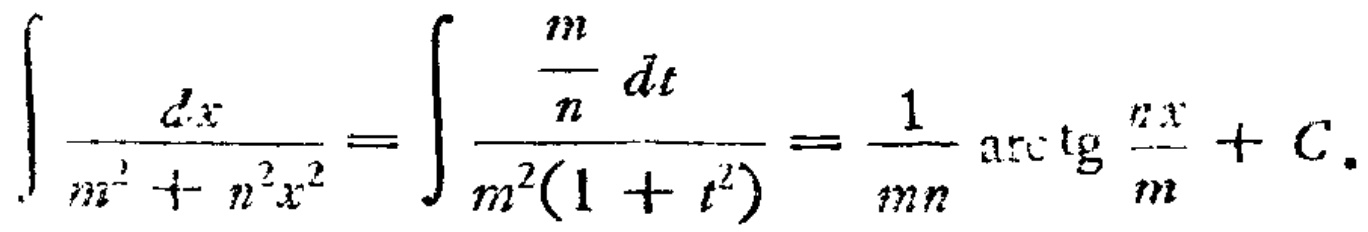
\(\int \frac{dx}{m^{2}+n^{2}x^{2}}=\int \frac{\frac{m}{n}dt}{m^{2}(1 + t^{2})}=\frac{1}{mn}\mathrm{arc}\tg\frac{nx}{m}+C.\)